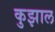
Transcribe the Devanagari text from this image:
कुझाल